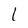
Character: l